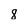
Character: 8